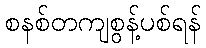
စနစ်တကျစွန့်ပစ်ရန်